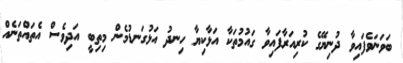
ބަވަނަވެފައިވާ ދުނިޔޭގެ ކުރިއަރާފައިވާ ގައުމުތަކާ އަޅާކިޔާ ހިނދު އަޅުގަނޑުމެން މިތިބީ އަދިވެސް އެތައްތަނެއް